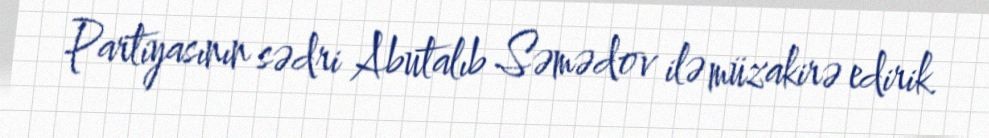
Partiyasının sədri Abutalıb Səmədov ilə müzakirə edirik.